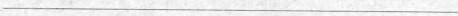
___